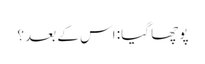
پوچھا گیا: اس کے بعد؟